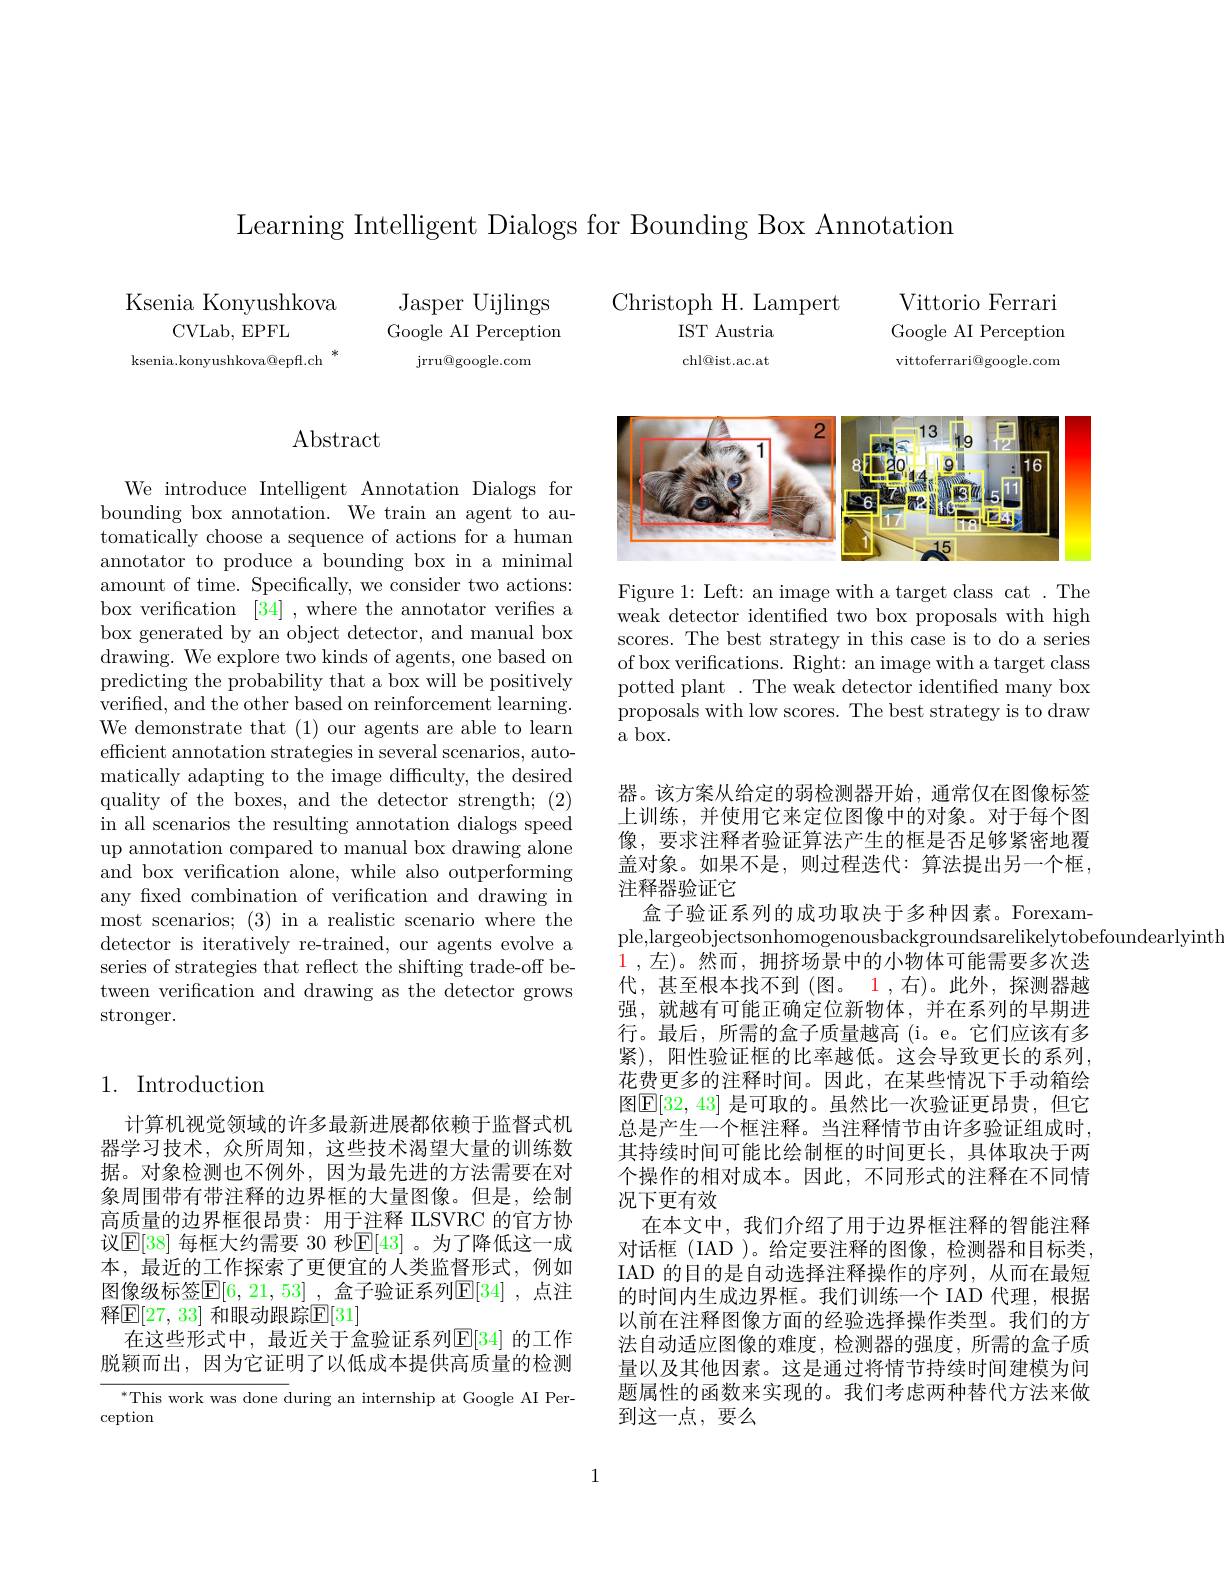
Learning Intelligent Dialogs for Bounding Box Annotation

Ksenia Konyushkova
CVLab, EPFL
ksenia.konyushkova@epff.ch

## $\operatorname{Abstract}$

We introduce Intelligent Annotation Dialogs for bounding box annotation. We train an agent to automatically choose a sequence of actions for a human annotator to produce a bounding box in a minimal amount of time. Specifically, we consider two actions: box verification [34] , where the annotator verifies a box generated by an object detector, and manual box drawing. We explore two kinds of agents, one based on predicting the probability that a box will be positively verified, and the other based on reinforcement learning. We demonstrate that (1) our agents are able to learn efficient annotation strategies in several scenarios, automatically adapting to the image difficulty, the desired quality of the boxes, and the detector strength; (2) in all scenarios the resulting annotation dialogs speed up annotation compared to manual box drawing alone and box verification alone, while also outperforming any fixed combination of verification and drawing in most scenarios; (3) in a realistic scenario where the detector is iteratively re-trained, our agents evolve a series of strategies that reflect the shifting trade-off between verification and drawing as the detector grows stronger.

## 1. Introduction

计算机视觉领域的许多最新进展都依赖于监督式机器学习技术，众所周知，这些技术渴望大量的训练数据。对象检测也不例外，因为最先进的方法需要在对象周围带有带注释的边界框的大量图像。但是，绘制高质量的边界框很昂贵：用于注释 ILSVRC 的官方协议$\mathbb{E}[38]$ 每框大约需要 30 秒$\mathbb{E}[43]$ 。为了降低这一成本，最近的工作探索了更便宜的人类监督形式，例如图像级标签$\overline{\mathrm{E}}[6,21,53]$ ,盒子验证系列$\mathbb{E}[34]$ ,点注释$\mathbb{E}[27,33]$ 和眼动跟踪$\mathbb{E}[31]$
在这些形式中，最近关于盒验证系列$\mathbb{E}[34]$ 的工作脱颖而出，因为它证明了以低成本提供高质量的检测

$^{*}$This work was done during an internship at Google AI Per-
ception

Jasper Uijlings Google AI Perception
$\operatorname{jrru@google.com}$

Christoph H. Lampert

Vittorio Ferrari Google AI Perception vittoferrari@google.com

IST Austria

chl@ist.ac.at

<FigureHere>

Figure 1: Left: an image with a target class cat . The weak detector identified two box proposals with high scores. The best strategy in this case is to do a series of box verifications. Right: an image with a target class potted plant. The weak detector identified many box proposals with low scores. The best strategy is to draw a box.

器。该方案从给定的弱检测器开始，通常仅在图像标签上训练，并使用它来定位图像中的对象。对于每个图像，要求注释者验证算法产生的框是否足够紧密地覆盖对象。如果不是，则过程迭代：算法提出另一个框， 注释器验证它
盒子验证系列的成功取决于多种因素。Forexam-
ple,largeobjectsonhomogenousbackgroundsarelikelytobefoundearlyinth
$\color{red}1$,左)。然而，拥挤场景中的小物体可能需要多次选代，甚至根本找不到(图。1,右)。此外，探测器越强，就越有可能正确定位新物体，并在系列的早期进行。最后，所需的盒子质量越高(i。e。它们应该有多紧), 阳性验证框的比率越低。这会导致更长的系列， 花费更多的注释时间。因此，在某些情况下手动箱绘图$\mathbb{E}[32,43]$ 是可取的。虽然比一次验证更昂贵，但它总是产生一个框注释。当注释情节由许多验证组成时， 其持续时间可能比绘制框的时间更长，具体取决于两个操作的相对成本。因此，不同形式的注释在不同情况下更有效
在本文中，我们介绍了用于边界框注释的智能注释对话框(IAD )。给定要注释的图像，检测器和目标类， IAD 的目的是自动选择注释操作的序列，从而在最短的时间内生成边界框。我们训练一个 IAD 代理，根据以前在注释图像方面的经验选择操作类型。我们的方法自动适应图像的难度，检测器的强度，所需的盒子质量以及其他因素。这是通过将情节持续时间建模为问题属性的函数来实现的。我们考虑两种替代方法来做到这一点，要么

1